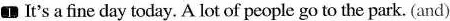
1 It's a fine day today. A lot of people go to the park. (and)